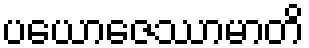
ပယောဇေဿာမာတိ